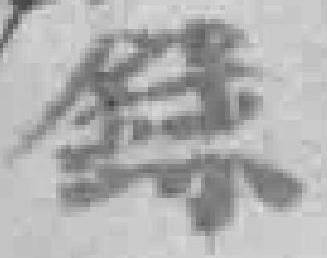
錄